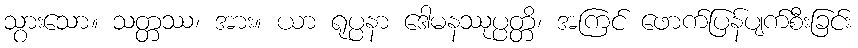
သွားသော။ သတ္တဿ၊ အား။ ယာ ရုပ္ပနာ ဒေါမနဿုပ္ပတ္တိ၊ အကြင် ဖောက်ပြန်ပျက်စီးခြင်း